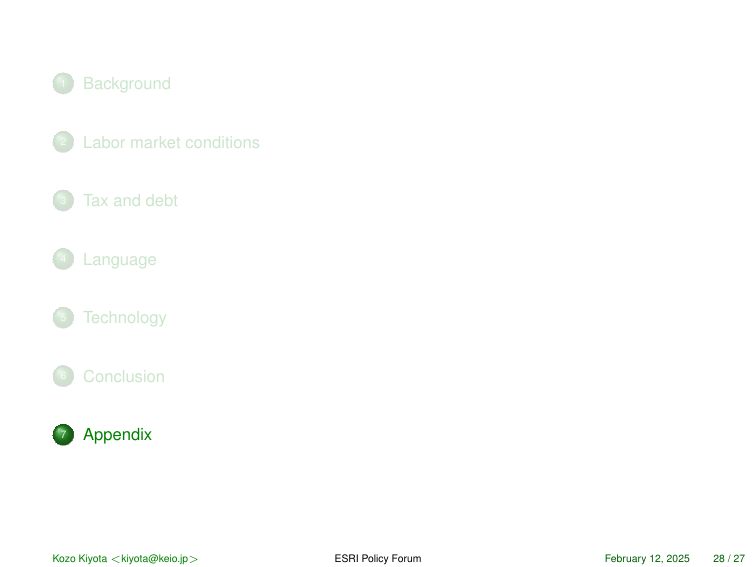
1 Background
2 Labor market conditions
3 Tax and debt
4 Language
5 Technology
6 Conclusion
7 Appendix

Kozo Kiyota <kiyota@keio.jp>
ESRI Policy Forum
February 12, 2025 28 / 27